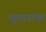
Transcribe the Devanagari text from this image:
सुधारांचा